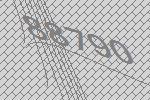
88790